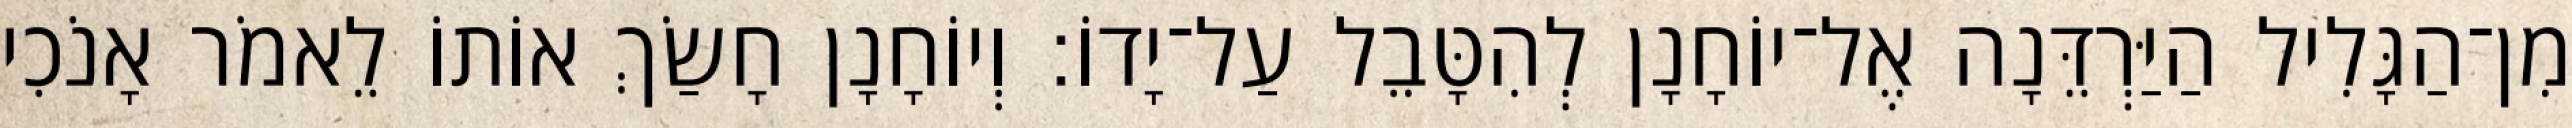
מִן־הַגָּלִיל הַיַּרְדֵּנָה אֶל־יוֹחָנָן לְהִטָּבֵל עַל־יָדוֹ׃ וְיוֹחָנָן חָשַׂךְ אוֹתוֹ לֵאמֹר אָנֹכִי